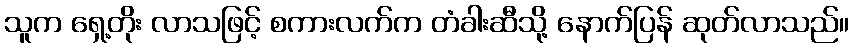
သူက ရှေ့တိုး လာသဖြင့် စကားလက်က တံခါးဆီသို့ နောက်ပြန် ဆုတ်လာသည်။